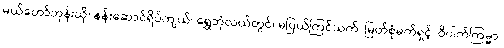
မယ်တော်ဘုန်းယှိ၊ နန်းဆောင်ရိပ်ကျယ်၊ ရွှေဘုံလယ်တွင်၊ မပြယ်ကြင်သက်၊ မြတ်စုံမက်ရှင့်၊ ဝိပါက်ကြမ္မာ၊